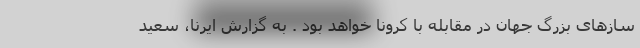
سازهای بزرگ جهان در مقابله با کرونا خواهد بود . به گزارش ایرنا، سعید